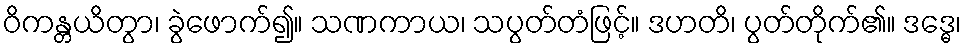
ဝိကန္တယိတွာ၊ ခွဲဖောက်၍။ သဏကာယ၊ သပွတ်တံဖြင့်။ ဒဟတိ၊ ပွတ်တိုက်၏။ ဒဒ္ဓေ၊